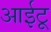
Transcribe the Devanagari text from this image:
आईटू